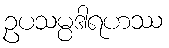
ဥပသမ္ပဒါရဟဿ